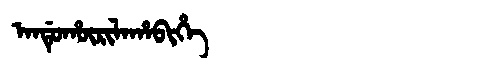
Manchu: ᠠᠨᡩᡠᡥᡡᡵᡳᠯᠠᡥᠠᠪᡳᡥᡝ
Romanization: ANDUHŪRILAHABIHE